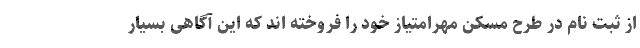
از ثبت نام در طرح مسکن مهرامتیاز خود را فروخته اند که این آگاهی بسیار